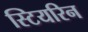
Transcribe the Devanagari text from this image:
स्टियरिन